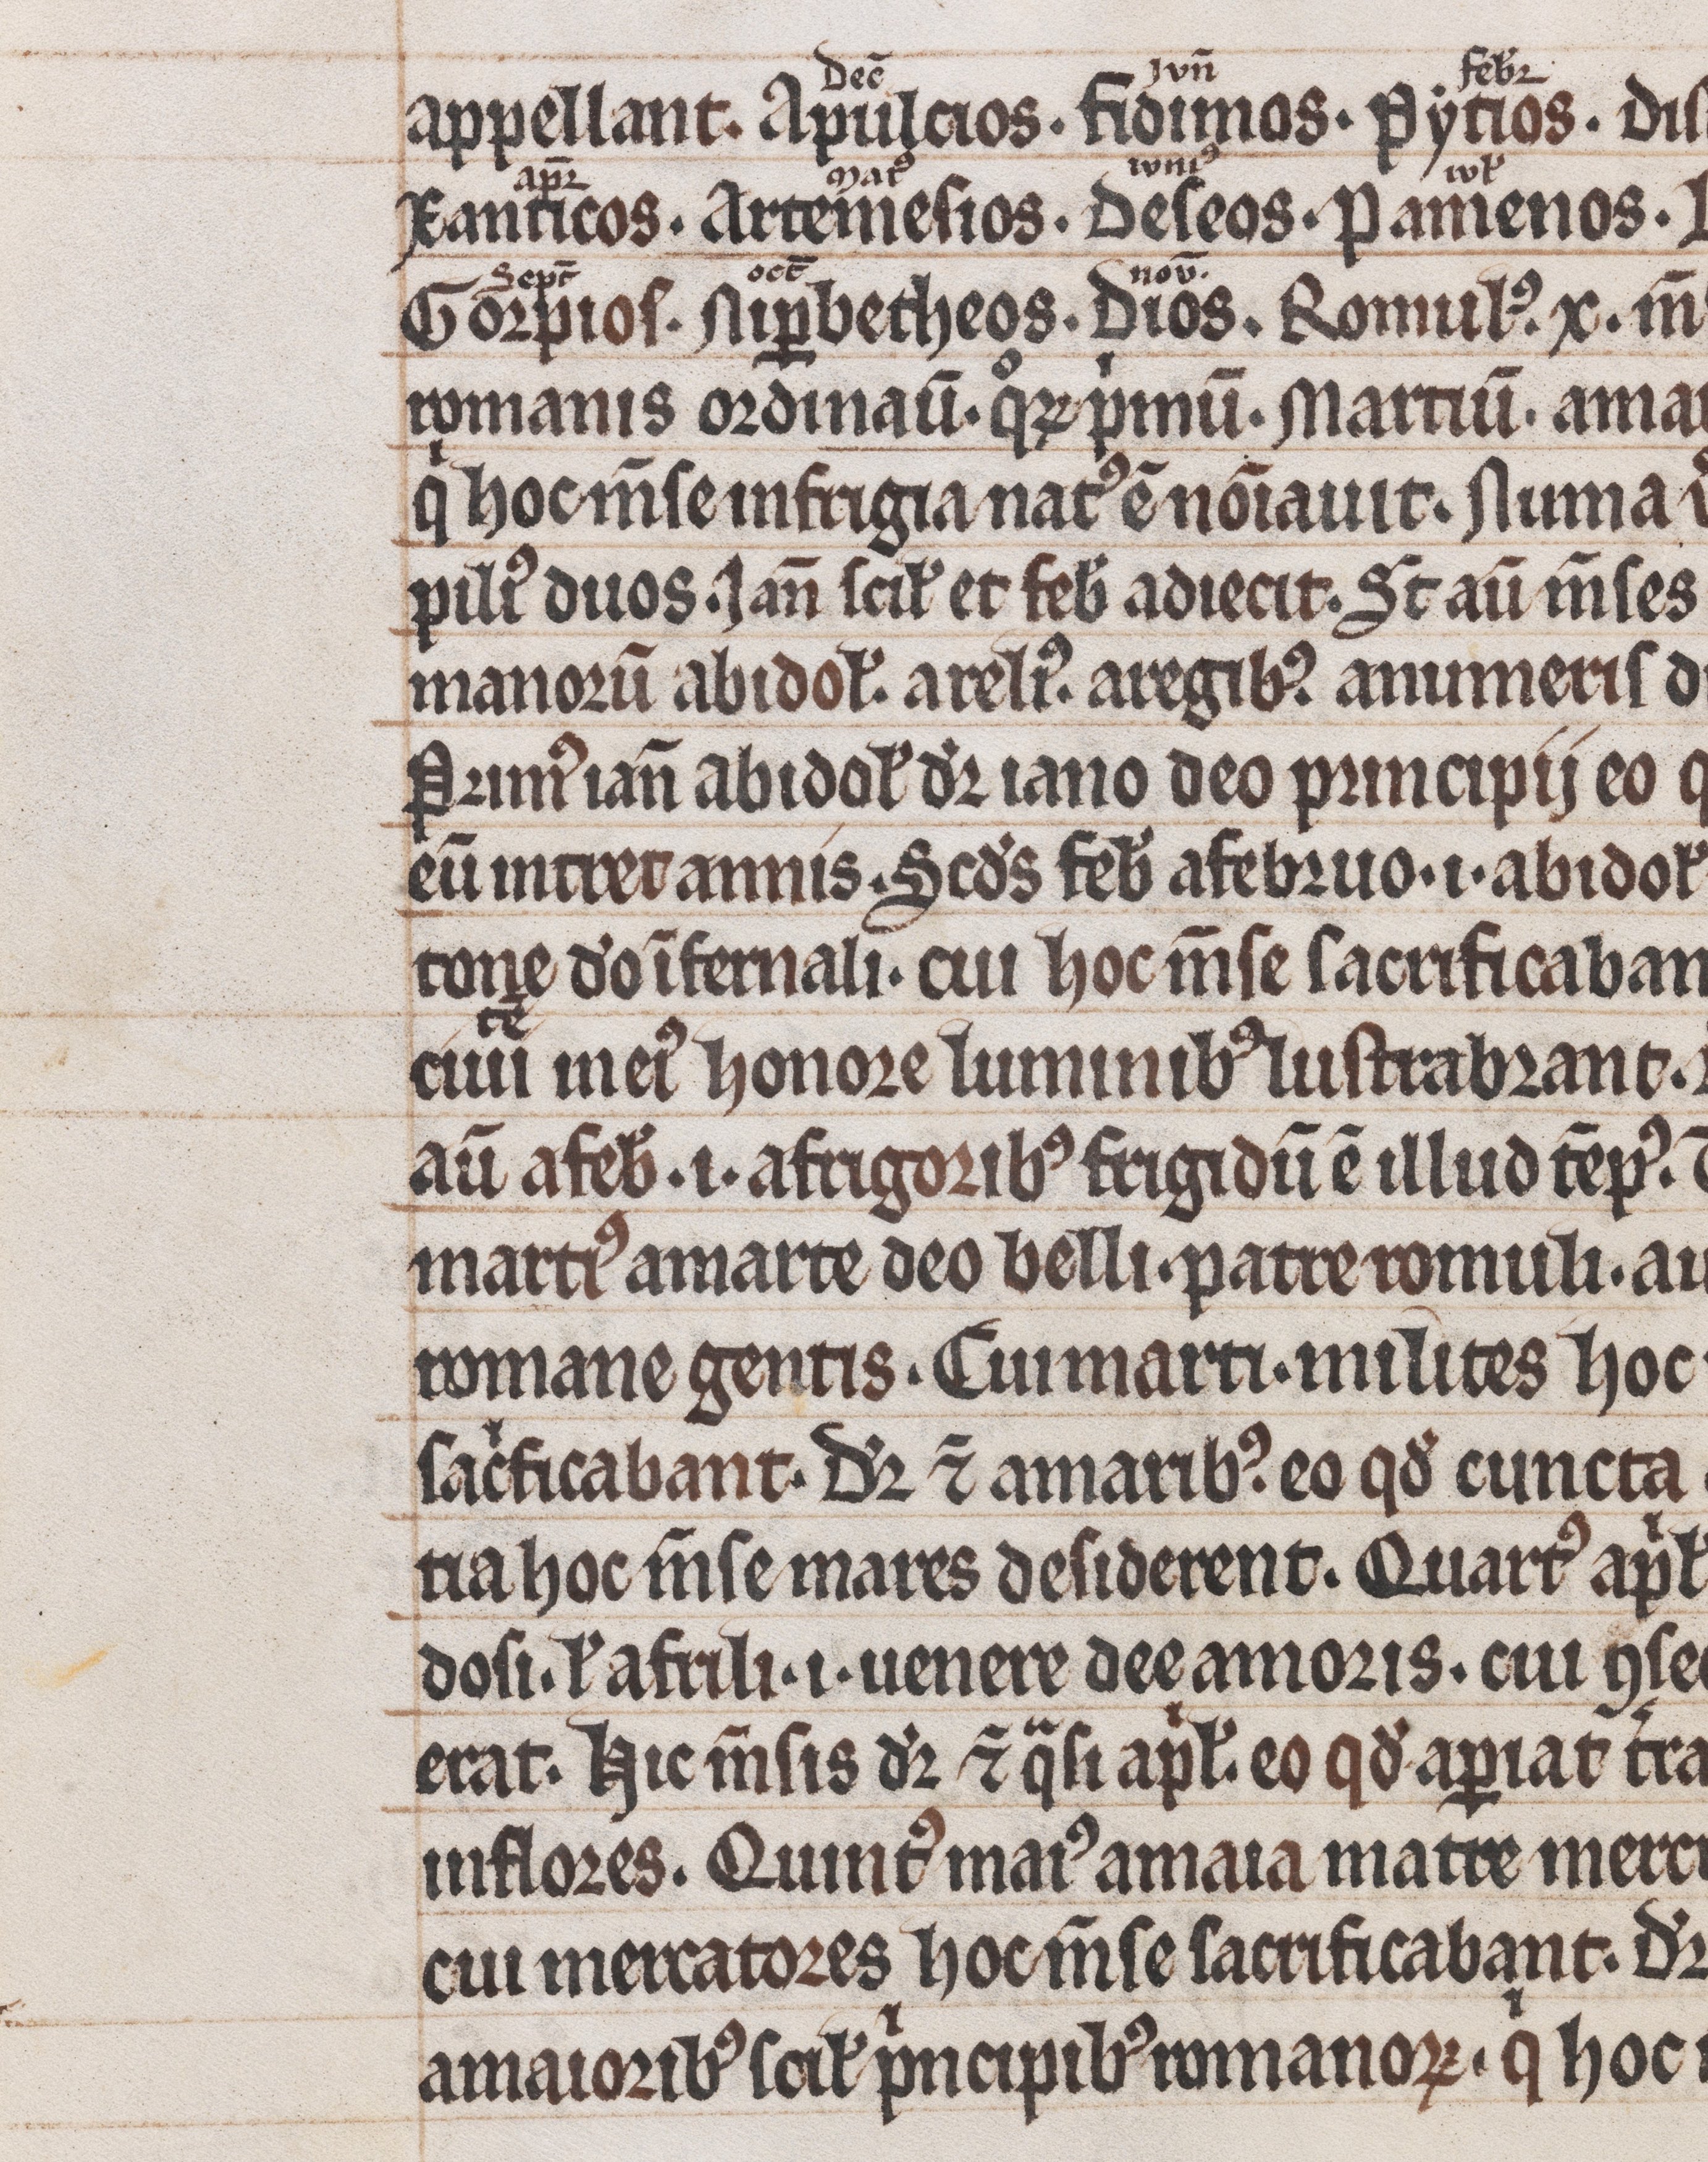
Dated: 1200–1299